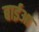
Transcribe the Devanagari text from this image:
बाईआ